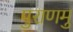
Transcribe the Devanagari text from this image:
पुराणमु